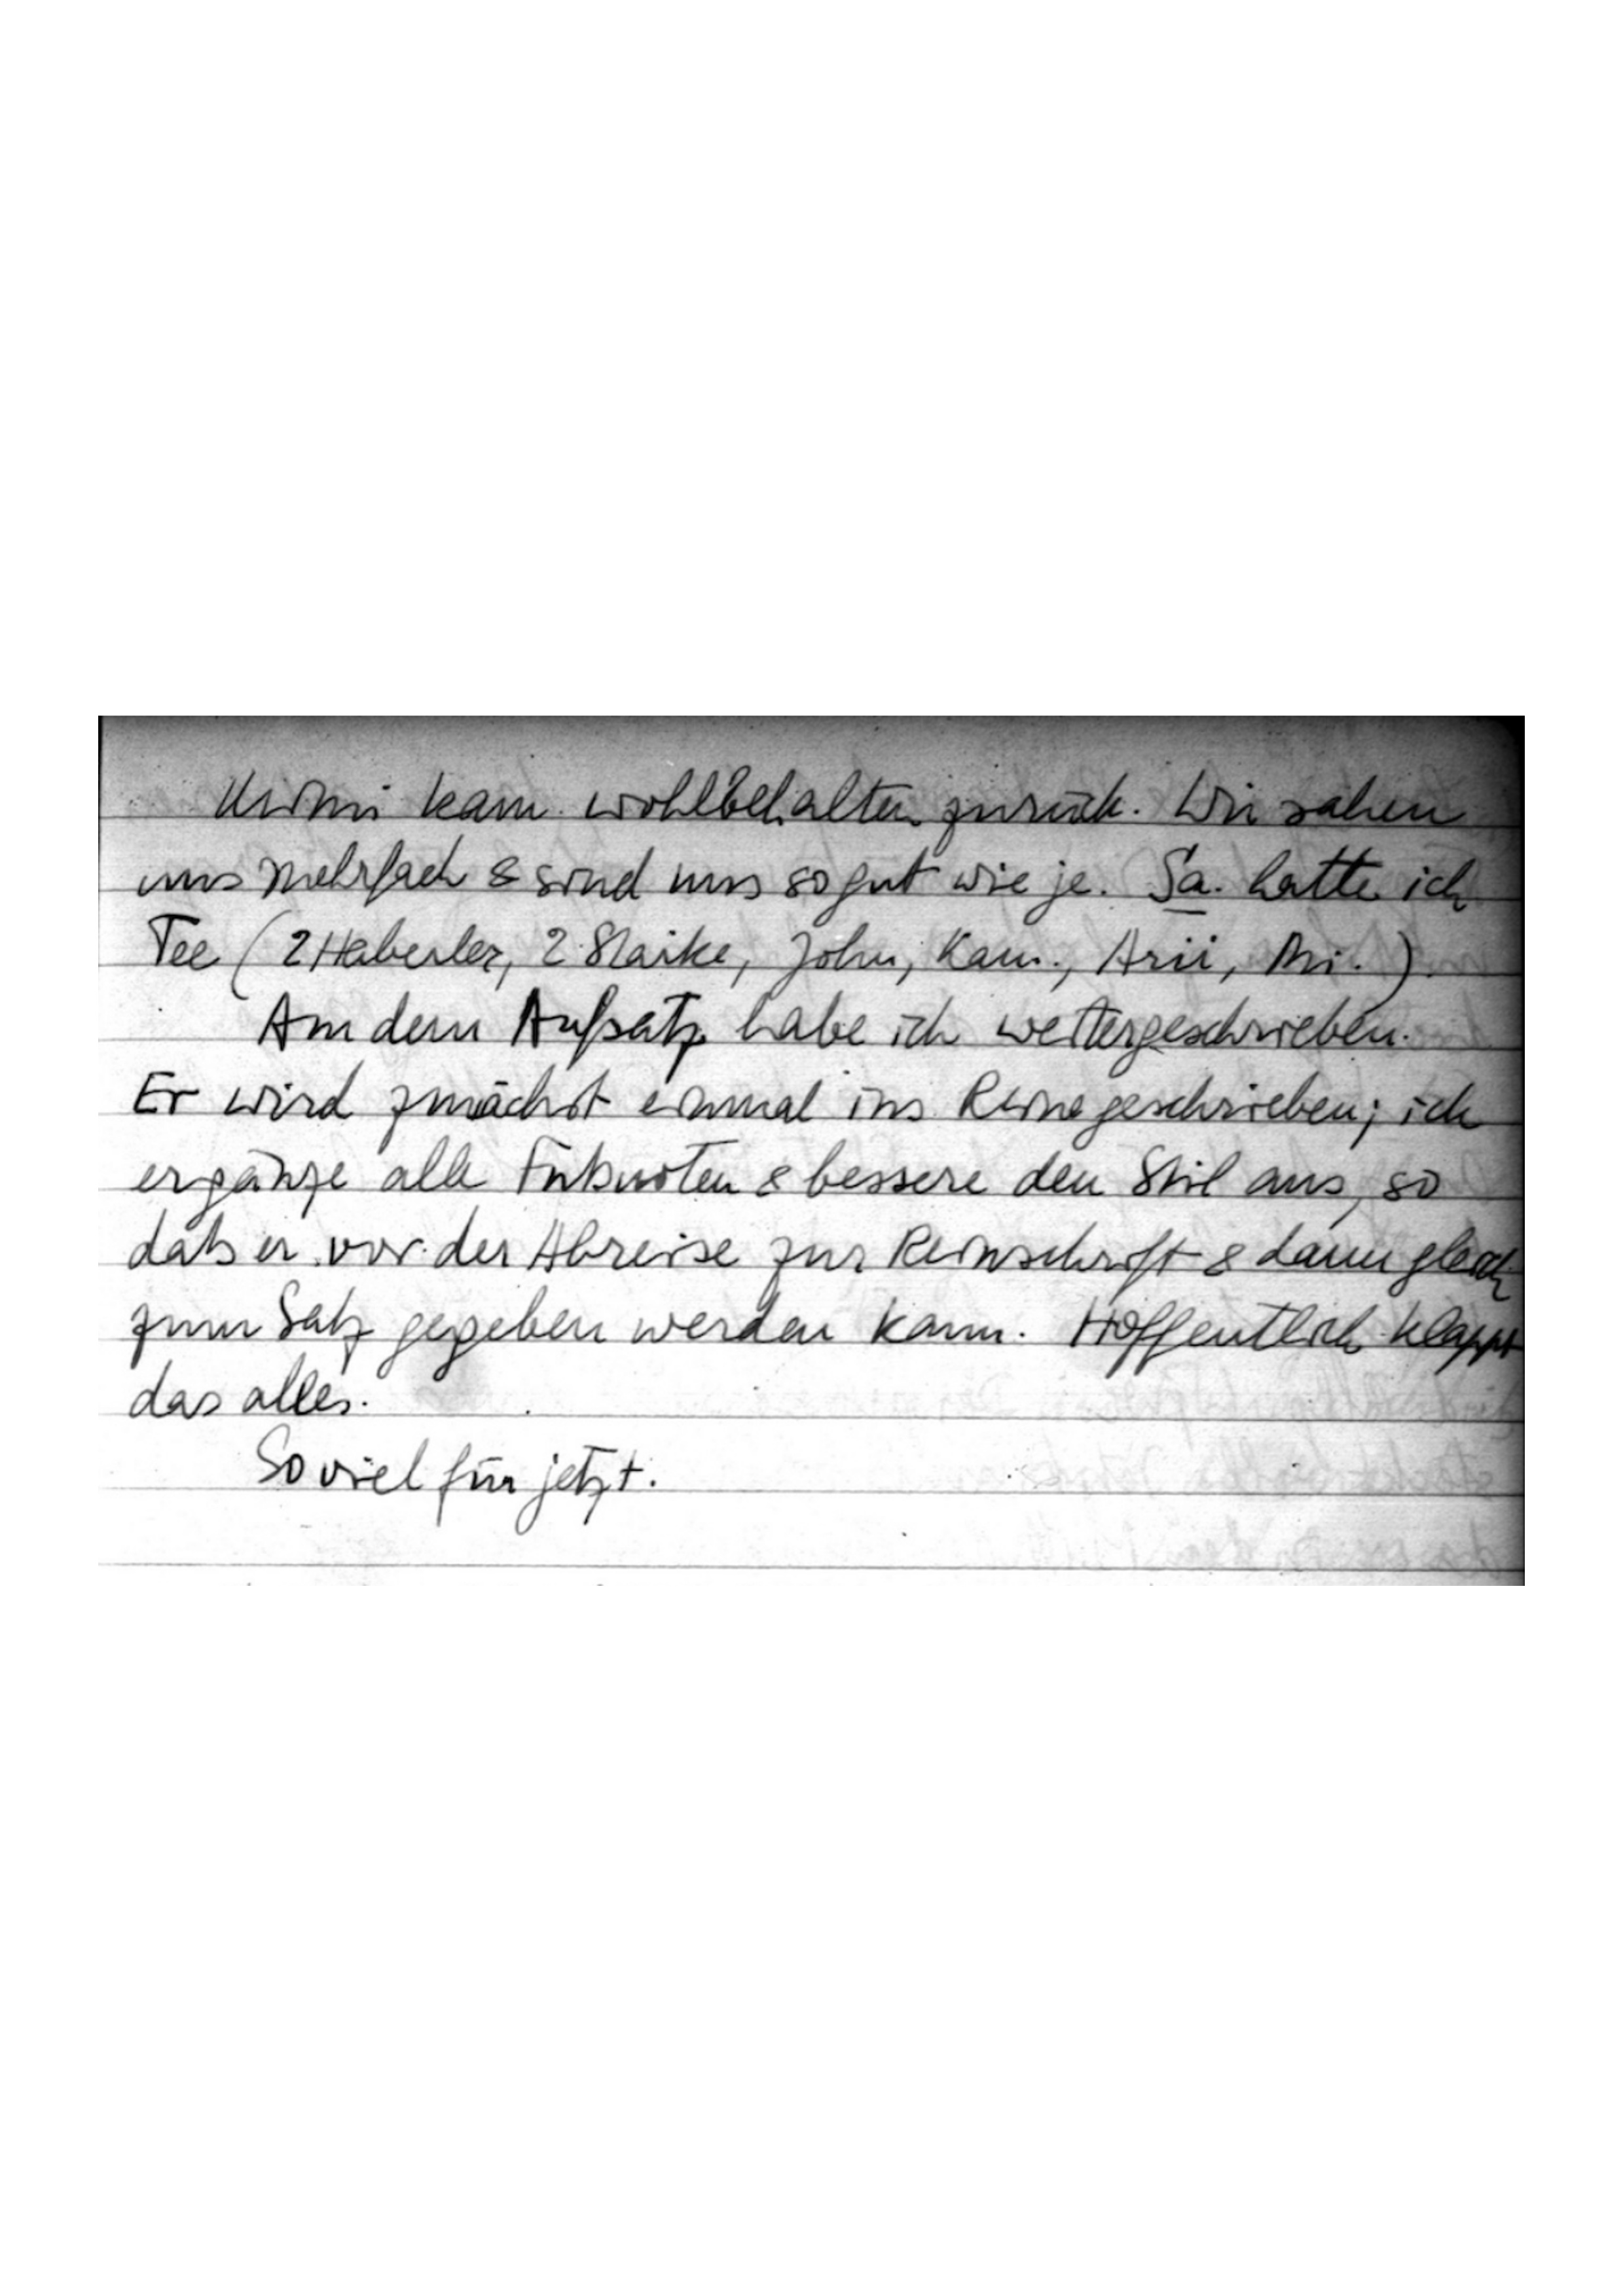
Mimi kam wohlbehalten zurück. Wir sahen
uns mehrfach & sind uns so gut wie je. Sa. hatte ich
Tee (2 Haberler, 2 Starke, John, Kam., Arii, Mi.).
An dem Aufsatz habe ich weitergeschrieben.
Er wird zunächst einmal ins Reine geschrieben; ich
ergänze alle Fußnoten & bessere den Stil aus, so
daß er vor der Abreise zur Reinschrift & dann gleich
zum Satz gegeben werden kann. Hoffentlich klappt
das alles.
So viel für jetzt.